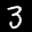
Label: 3